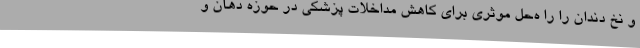
و نخ دندان را را ه‌حل موثری برای کاهش مداخلات پزشکی در حوزه دهان و